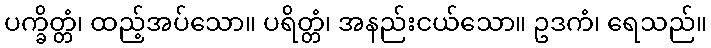
ပက္ခိတ္တံ၊ ထည့်အပ်သော။ ပရိတ္တံ၊ အနည်းငယ်သော။ ဥဒကံ၊ ရေသည်။